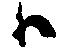
ハ